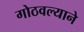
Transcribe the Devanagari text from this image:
गोठवल्याने